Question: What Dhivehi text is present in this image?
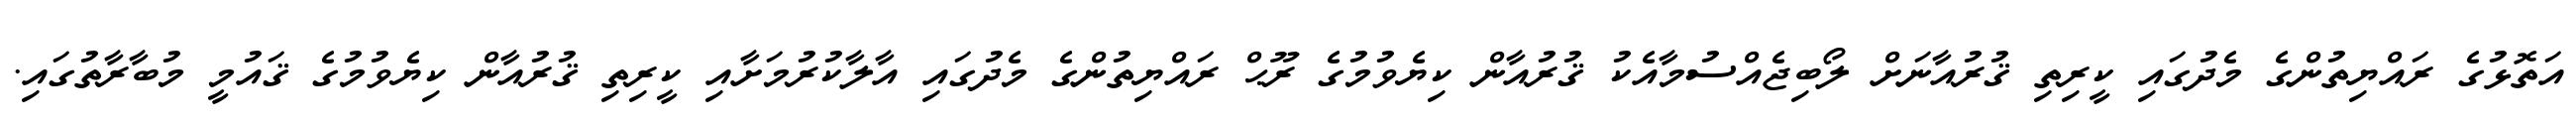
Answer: އަތޮޅުގެ ރައްޔިތުންގެ މެދުގައި ކީރިތި ޤުރުއާނަށް ލޯބިޖެއްސުމާއެކު ޤުރުއާން ކިޔެވުމުގެ ރޫޙް ރައްޔިތުންގެ މެދުގައި އާލާކުރުމަށާއި ކީރިތި ޤުރުއާން ކިޔެވުމުގެ ޤައުމީ މުބާރާތުގައި.